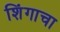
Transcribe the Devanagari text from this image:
शिंगाचा